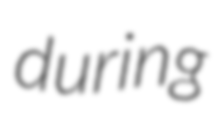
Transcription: during